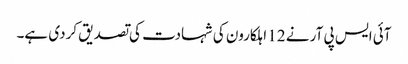
آئی ایس پی آر نے 12 اہلکارون کی شہادت کی تصدیق کردی ہے۔